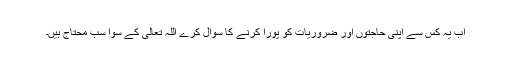
اب یہ کس سے اپنی حاجتوں اور ضروریات کو پورا کرنے کا سوال کرے اللہ تعالیٰ کے سوا سب محتاج ہیں۔